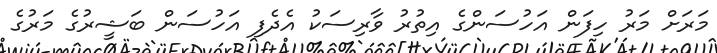
މަރަށް މަރު ހިފަން އަހުސަންގެ އިތުރު ވާރިސަކު އެދެފި އަހުސަން ބަޝީރުގެ މަރުގެ